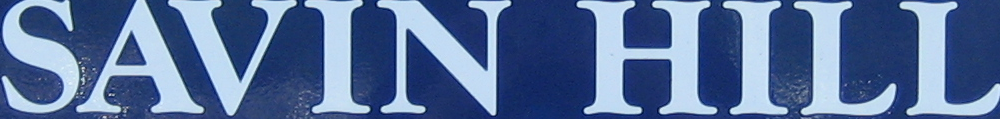
SAVIN HILL